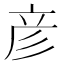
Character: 彦